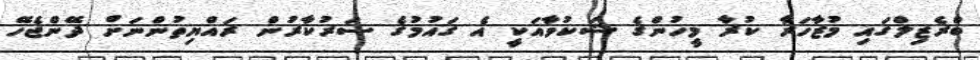
ބްރެޒިލްގައި މުޒާހަރާ ކުރާ މީހުންގެ ޝަކުވާއަކީ އެ ގައުމުގެ ސަރުކާރުން ރައްޔިތުންނަށް ދޭންޖެހޭ